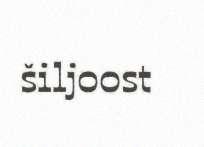
šiljoost